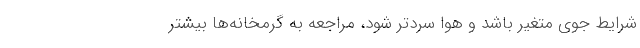
شرایط جوی متغیر باشد و هوا سردتر شود، مراجعه به گرمخانه‌ها بیشتر